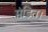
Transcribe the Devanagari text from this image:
मंडित।